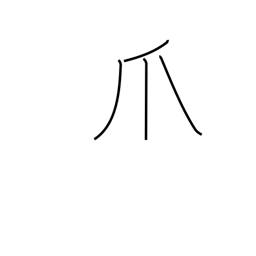
Meaning: talon